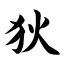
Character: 狄